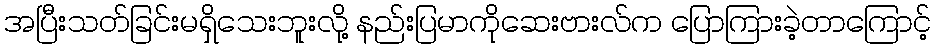
အပြီးသတ်ခြင်းမရှိသေးဘူးလို့ နည်းပြမာကိုဆေးဗားလ်က ပြောကြားခဲ့တာကြောင့်